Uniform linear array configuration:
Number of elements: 4
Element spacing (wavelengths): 0.5
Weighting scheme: kaiser
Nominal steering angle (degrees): -30
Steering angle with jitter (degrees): -30.63
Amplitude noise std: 0.05
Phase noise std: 0.05

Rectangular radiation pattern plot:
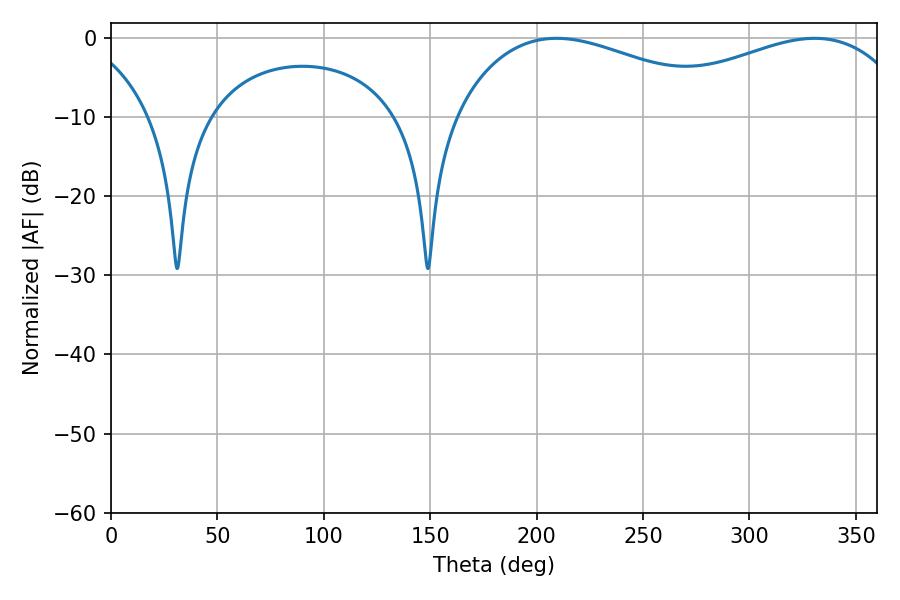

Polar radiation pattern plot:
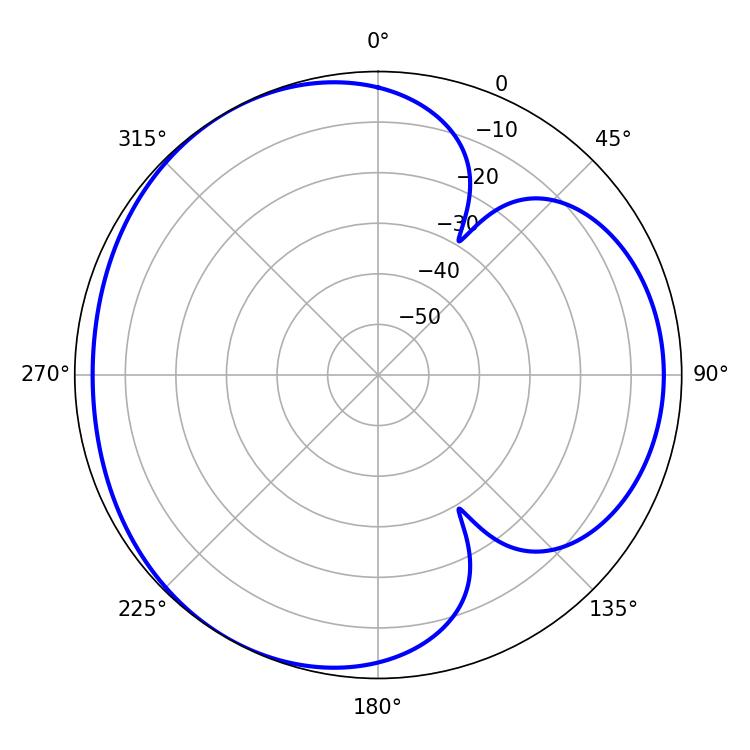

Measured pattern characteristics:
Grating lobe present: FALSE
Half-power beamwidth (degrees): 73.8
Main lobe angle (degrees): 330.66